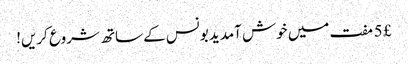
£ 5 مفت میں خوش آمدید بونس کے ساتھ شروع کریں!